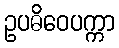
ဥပဓိဝေပက္ကာ